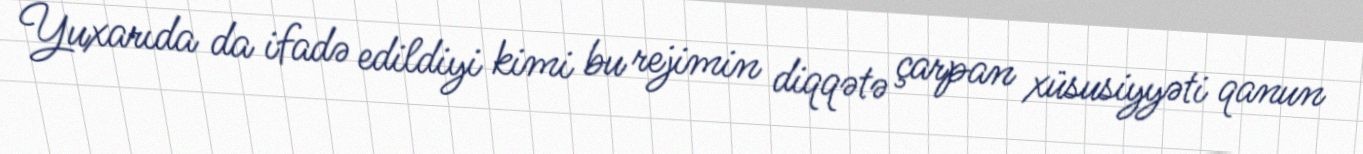
Yuxarıda da ifadə edildiyi kimi bu rejimin diqqətə çarpan xüsusiyyəti qanun